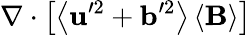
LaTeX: \nabla\cdot\left[\left\langle\mathbf{u}^{\prime 2}+\mathbf{b}^{\prime 2}\right\rangle\left\langle\mathbf{B}\right\rangle\right]